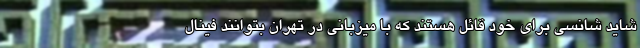
شاید شانسی برای خود قائل هستند که با میزبانی در تهران بتوانند فینال